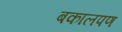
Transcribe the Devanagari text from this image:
बकालपण